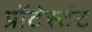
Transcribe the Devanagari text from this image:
प्रॉटेस्टंट